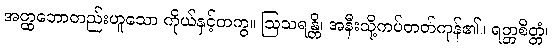
အတ္ထဘောတည်းဟူသော ကိုယ်နှင့်တကွ။ ဩသရန္တိ၊ အနီးသို့ကပ်တတ်ကုန်၏။ ရတ္တစိတ္တံ၊